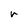
Character: r